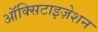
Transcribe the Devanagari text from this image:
ऑक्सिटाइज़ेशन